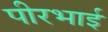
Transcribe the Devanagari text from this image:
पीरभाई